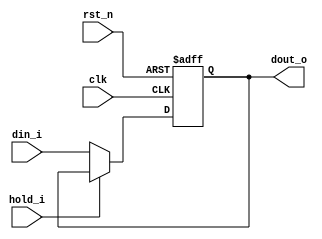
//////////////////////////////////////////////////////////////////////////////////
// Copyright (c) 2023, c.fan                                                     
//                                                                                
// Redistribution and use in source and binary forms, with or without             
// modification, are permitted provided that the following conditions are met:    
//                                                                                
// 1. Redistributions of source code must retain the above copyright notice, this 
//    list of conditions and the following disclaimer.                            
//                                                                                
// 2. Redistributions in binary form must reproduce the above copyright notice,   
//    this list of conditions and the following disclaimer in the documentation   
//    and/or other materials provided with the distribution.                      
//                                                                                
// 3. Neither the name of the copyright holder nor the names of its               
//    contributors may be used to endorse or promote products derived from        
//    this software without specific prior written permission.                    
//                                                                                
// THIS SOFTWARE IS PROVIDED BY THE COPYRIGHT HOLDERS AND CONTRIBUTORS "AS IS"    
// AND ANY EXPRESS OR IMPLIED WARRANTIES, INCLUDING, BUT NOT LIMITED TO, THE      
// IMPLIED WARRANTIES OF MERCHANTABILITY AND FITNESS FOR A PARTICULAR PURPOSE ARE 
// DISCLAIMED. IN NO EVENT SHALL THE COPYRIGHT HOLDER OR CONTRIBUTORS BE LIABLE   
// FOR ANY DIRECT, INDIRECT, INCIDENTAL, SPECIAL, EXEMPLARY, OR CONSEQUENTIAL     
// DAMAGES (INCLUDING, BUT NOT LIMITED TO, PROCUREMENT OF SUBSTITUTE GOODS OR     
// SERVICES; LOSS OF USE, DATA, OR PROFITS; OR BUSINESS INTERRUPTION) HOWEVER     
// CAUSED AND ON ANY THEORY OF LIABILITY, WHETHER IN CONTRACT, STRICT LIABILITY,  
// OR TORT (INCLUDING NEGLIGENCE OR OTHERWISE) ARISING IN ANY WAY OUT OF THE USE  
// OF THIS SOFTWARE, EVEN IF ADVISED OF THE POSSIBILITY OF SUCH DAMAGE.           
//////////////////////////////////////////////////////////////////////////////////

/**
 * wait a moment
 */

module qieman #(
      parameter   DW       = 32  ,
      parameter   DEFAULT  = 0   ,
      parameter   CYCLES   = 1   
   )(
      input                clk      ,
      input                rst_n    ,
      
      input                hold_i   ,  // hold on!
      
      input    [DW-1:0]    din_i    ,
      output   [DW-1:0]    dout_o   
   );
   
   reg   [DW-1:0] dout_r[CYCLES-1:0];
   integer i;
   always @(posedge clk or negedge rst_n) begin
      if (!rst_n) begin
         for (i=0; i<CYCLES; i=i+1)
            dout_r[i] <= DEFAULT;
      end
      else if (!hold_i) begin
         dout_r[0] <= din_i;
         for (i=1; i<CYCLES; i=i+1)
            dout_r[i] <= dout_r[i-1];
      end
   end
   assign dout_o = dout_r[CYCLES-1];

endmodule